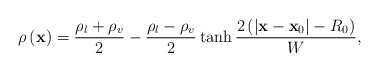
\begin{align*}\rho \left( {\bf{x}} \right) = \frac{{{\rho _l} + {\rho _v}}}{2} - \frac{{{\rho _l} - {\rho _v}}}{2}\tanh \frac{{2\left( {\left| {{\bf{x}} - {{\bf{x}}_0}} \right| - {R_0}} \right)}}{W},\end{align*}